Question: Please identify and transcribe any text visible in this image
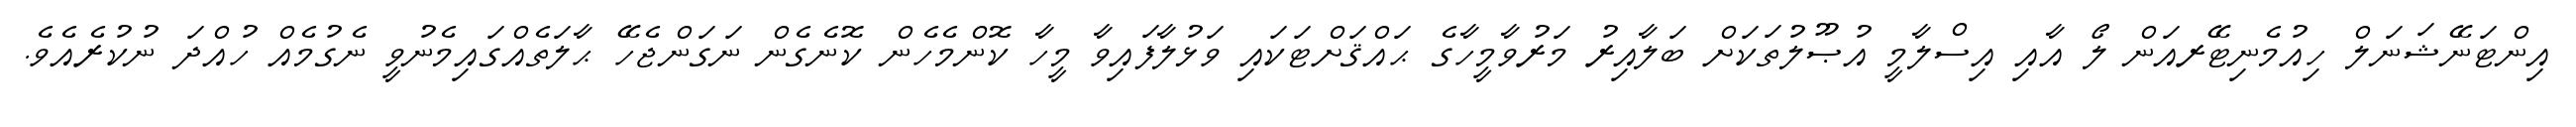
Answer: އިންޓަނޭޝަނަލް ހިއުމެނިޓޭރއަން ލޯ އާއި އިސްލާމީ އުޞޫލުތަކަށް ބަލާއިރު މަރުވާމީހާގެ ޙައްޤަށްޓަކައި ވަޅުލާފައިވާ މީހާ ކޮންމެހެން ކޮނެގެން ނަގަންޖެހޭ ޙާލަތެއްގައިމެނުވީ ނެގުމެއް ހުއްދަ ނުކުރެއެވެ.